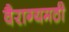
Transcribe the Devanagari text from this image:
वैराग्यमठी